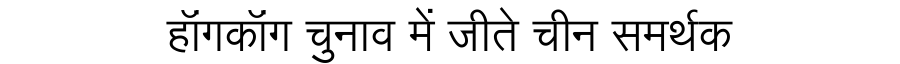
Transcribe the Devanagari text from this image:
हॉंगकॉंग चुनाव में जीते चीन समर्थक